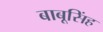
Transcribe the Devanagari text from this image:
बाबूसिंह